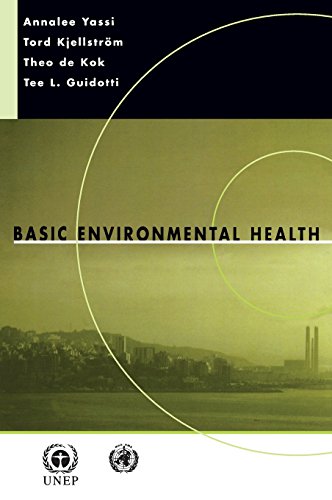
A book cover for Basic Environmental Health; Annalee Yassi; Medical Books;